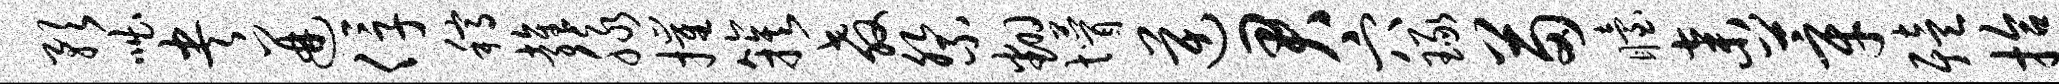
预咄央迸俘稿雍脉摧簇教祭翻懵逆君穴琢苗眙弃莘殪拾